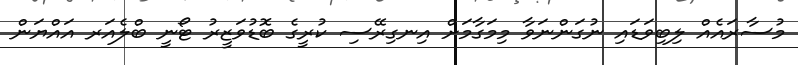
މުސާރައެއް ލިބިވަޑައި ނުގަންނަވާ މިމަގާމަށް އިނގިރޭސި ކުރީގެ ބޮޑުވަޒީރު ޓޯނީ ބްލެއަރ އައްޔަން